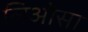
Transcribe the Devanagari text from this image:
लिओसा